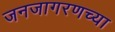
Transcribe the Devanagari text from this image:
जनजागरणच्या